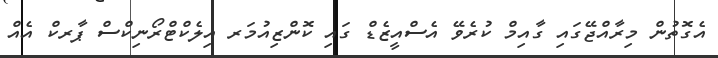
އެގޮތުން މިރާއްޖޭގައި ގާއިމް ކުރެވޭ އެސްއީޒެޑް ގައި ކޮންޒިއުމަރ އިލެކްޓްރޯނިކްސް ޕާރކް އެއް